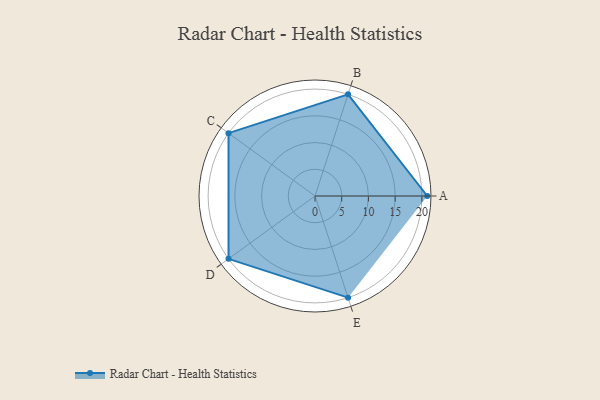
{"axis": {"x": "Skill", "y": "Score"}, "legend": ["Profile"], "data": [{"x": "A", "y": 21.0, "type": "Profile"}, {"x": "B", "y": 20.0, "type": "Profile"}, {"x": "C", "y": 20, "type": "Profile"}, {"x": "D", "y": 20, "type": "Profile"}, {"x": "E", "y": 20, "type": "Profile"}]}